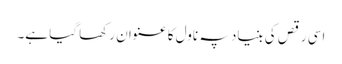
اسی رقص کی بنیاد پہ ناول کا عنوان رکھا گیا ہے۔